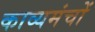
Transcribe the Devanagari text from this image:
काव्यमंचों